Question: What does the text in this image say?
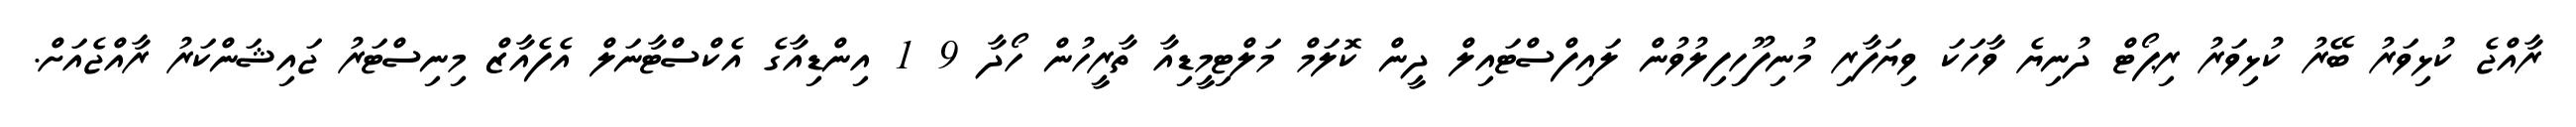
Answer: ރާއްޖެ ކުޅިވަރު ބޭރު ކުޅިވަރު ރިޕޯޓް ދުނިޔެ ވާހަކަ ވިޔަފާރި މުނިފޫހިފިލުވުން ލައިފްސްޓައިލް ދީން ކޮލަމް މަލްޓިމީޑިއާ ތާރީހުން ހޯދާ 9 1 އިންޑިއާގެ އެކްސްޓާނަލް އެފެއާޒް މިނިސްޓަރު ޖައިޝަންކަރު ރާއްޖެއަށް.